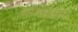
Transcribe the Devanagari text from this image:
कांमदकीय